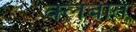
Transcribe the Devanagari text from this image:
क्‍लबात